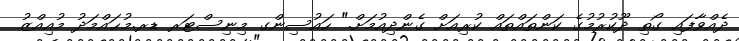
ދެއްވާފައި ގޯތި ދޫކުރުމުގެ ކަންތައްތައް ކުރިއަށް ގެންދިއުމަށް." ހައުސިންގ މިނިސްޓަރ ޑރ.މުޙައްމަދު މުއިއްޒު